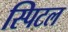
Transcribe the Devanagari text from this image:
स्पिटल